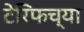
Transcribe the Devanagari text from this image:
टेरिफच्या